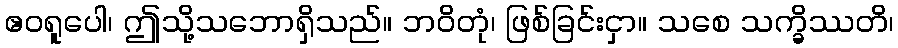
ဧဝရူပေါ၊ ဤသို့သဘောရှိသည်။ ဘဝိတုံ၊ ဖြစ်ခြင်းငှာ။ သစေ သက္ခိဿတိ၊